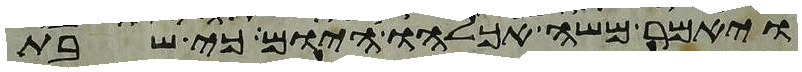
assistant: ויאמר משה אכלהו היום כי שבת